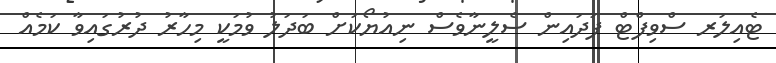
ޓެއިލަރ ސްވިފްޓް ފަދައިން ސެލީނާވެސް ނިއުޔޯކަށް ބަދަލު ވުމަކީ މިހާރު ދުރުގައިވާ ކަމެއް